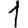
Digit: 1